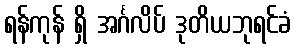
ရန်ကုန် ရှိ အင်္ဂလိပ် ဒုတိယဘုရင်ခံ